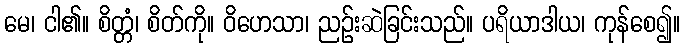
မေ၊ ငါ၏။ စိတ္တံ၊ စိတ်ကို။ ဝိဟေသာ၊ ညဉ်းဆဲခြင်းသည်။ ပရိယာဒါယ၊ ကုန်စေ၍။